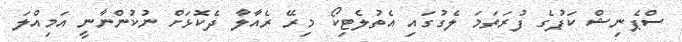
ސްޕެނިޝް ކަޕުގެ ފުރަތަމަ ލެގުގައި އެތުލެޓިކޯ މިރޭ ރެއާލާ ދެކޮޅަށް ނުކުންނާނީ އަމިއްލަ